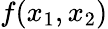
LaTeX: f(x_{1},x_{2})